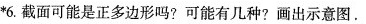
^{*}6.截面可能是正多边形吗?可能有几种?画出示意图.